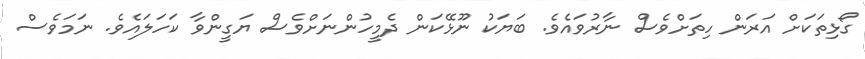
ގޯޅިތަކަށް އަރަން ހިތަށްވެސް ނާރުވައެވެ. ބަޔަކު ނޫޅޭކަން ދެމީހުންނަށްވެސް ޔަގީންވާ ކަަހަލައެވެ. ނަމަވެސް